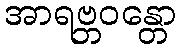
အာရဗ္ဘဝန္တော